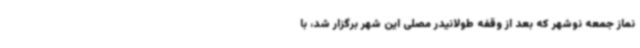
نماز جمعه نوشهر که بعد از وقفه طولانیدر مصلی این شهر برگزار شد، با